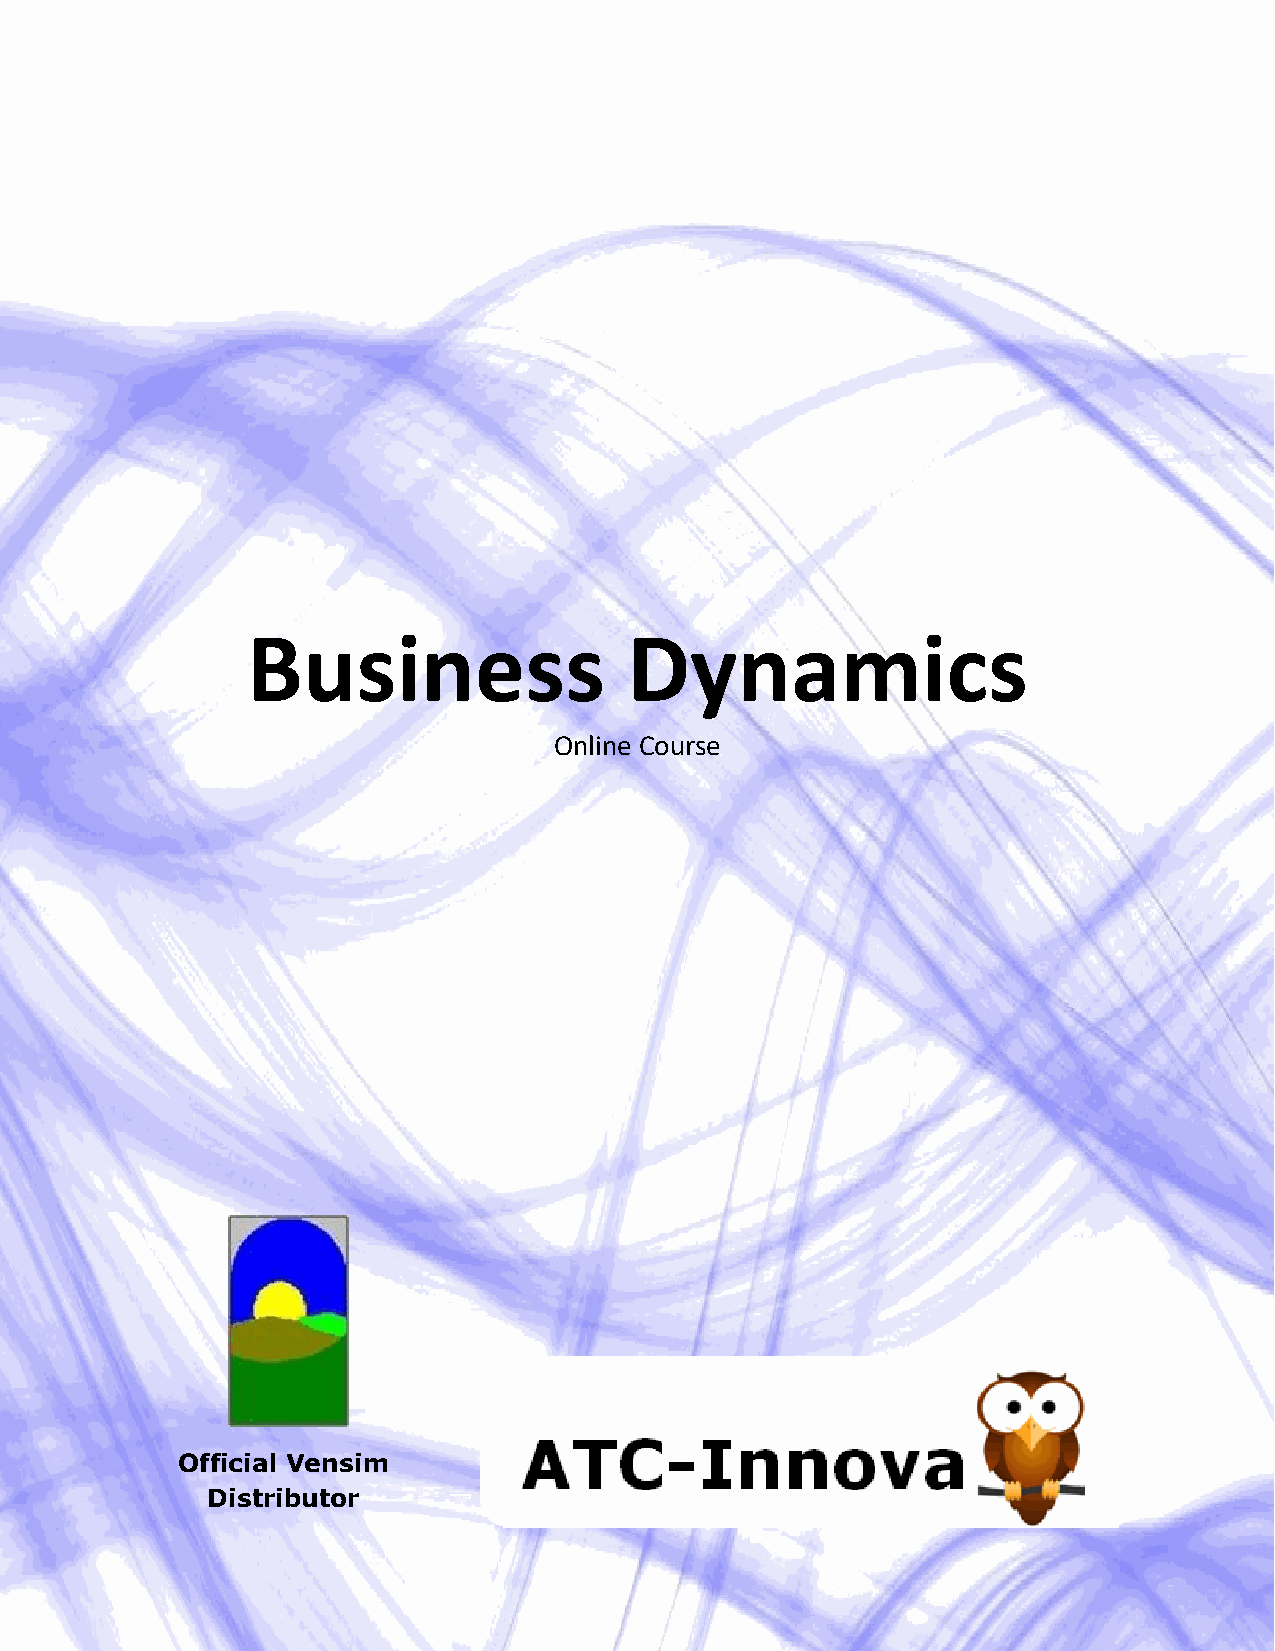
Business                  Dynamics
 Online Course
 Official Vensim
 1
 Distributor